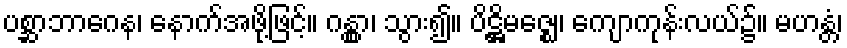
ပစ္ဆာဘာဂေန၊ နောက်အဖို့ဖြင့်။ ဂန္တွာ၊ သွား၍။ ပိဋ္ဌိမဇ္ဈေ၊ ကျောကုန်းလယ်၌။ မဟန္တံ၊